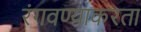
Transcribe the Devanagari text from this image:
रंगवण्याकरता